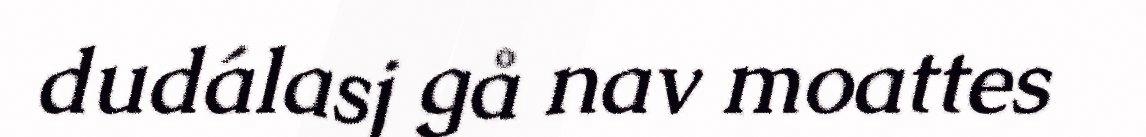
dudálasj gå nav moattes